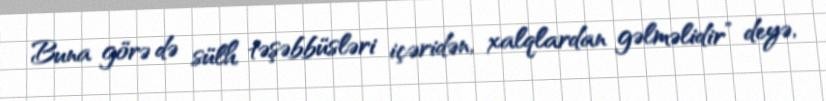
Buna görə də sülh təşəbbüsləri içəridən, xalqlardan gəlməlidir” deyə,